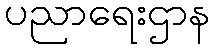
ပညာရေးဌာန